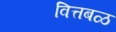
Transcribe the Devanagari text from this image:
वित्तबळ